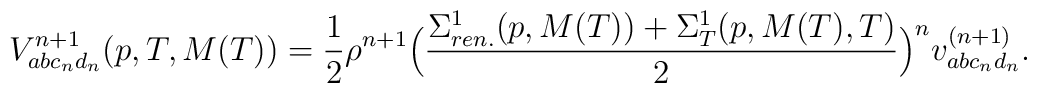
V^{n+1}_{abc_n d_n}(p, T, M(T)) = \frac{1}{2}\rho^{n+1} \Bigl(\frac{  \Sigma^1_{ren.}(p, M(T)) + \Sigma^1_T(p, M(T), T) }{2} \Bigr)^n  v^{(n+1)}_{abc_n d_n}.